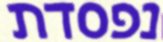
נפסדת